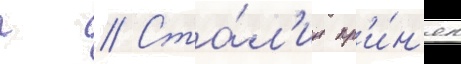
г // Ста́л'ин пр'и́н'ял